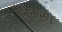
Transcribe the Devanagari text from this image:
लेकरूं।